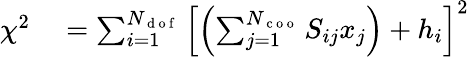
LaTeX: \begin{array}{rl}{\chi^{2}}&{{}=\sum_{i=1}^{N_{\mathrm{~d~o~f~}}}\left[\left(\sum_{j=1}^{N_{\mathrm{~c~o~o~}}}S_{ij}x_{j}\right)+h_{i}\right]^{2}}\end{array}